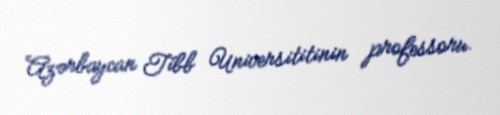
Azərbaycan Tibb Universititinin professoru.